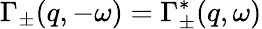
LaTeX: \Gamma_{\pm}(q,-\omega)=\Gamma_{\pm}^{*}(q,\omega)